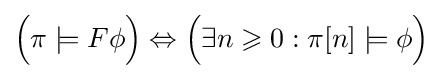
{\Big (}\pi \models F\phi {\Big )}\Leftrightarrow {\Big (}\exists n\geqslant 0:\pi [n]\models \phi {\Big )}